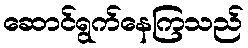
ဆောင်ရွက်နေကြသည်